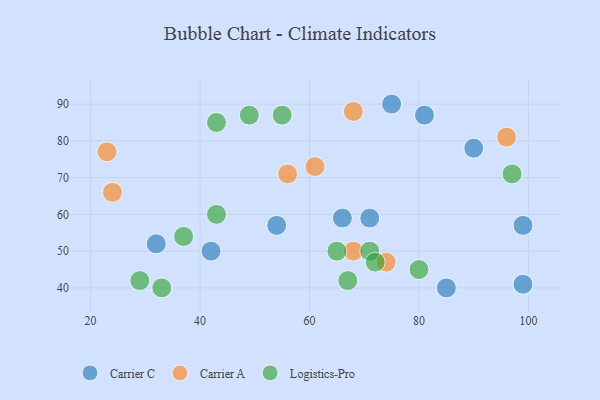
{"axis": {"x": "GDP", "y": "Life Expectancy"}, "legend": ["Carrier A", "Carrier C", "Logistics-Pro"], "data": [{"x": "32", "y": 52, "type": "Carrier C"}, {"x": "99", "y": 57, "type": "Carrier C"}, {"x": "85", "y": 40, "type": "Carrier C"}, {"x": "54", "y": 57, "type": "Carrier C"}, {"x": "66", "y": 59, "type": "Carrier C"}, {"x": "99", "y": 41, "type": "Carrier C"}, {"x": "90", "y": 78, "type": "Carrier C"}, {"x": "75", "y": 90, "type": "Carrier C"}, {"x": "71", "y": 59, "type": "Carrier C"}, {"x": "42", "y": 50, "type": "Carrier C"}, {"x": "81", "y": 87, "type": "Carrier C"}, {"x": "96", "y": 81, "type": "Carrier A"}, {"x": "56", "y": 71, "type": "Carrier A"}, {"x": "74", "y": 47, "type": "Carrier A"}, {"x": "24", "y": 66, "type": "Carrier A"}, {"x": "61", "y": 73, "type": "Carrier A"}, {"x": "68", "y": 50, "type": "Carrier A"}, {"x": "68", "y": 88, "type": "Carrier A"}, {"x": "23", "y": 77, "type": "Carrier A"}, {"x": "43", "y": 85, "type": "Logistics-Pro"}, {"x": "29", "y": 42, "type": "Logistics-Pro"}, {"x": "80", "y": 45, "type": "Logistics-Pro"}, {"x": "37", "y": 54, "type": "Logistics-Pro"}, {"x": "43", "y": 60, "type": "Logistics-Pro"}, {"x": "71", "y": 50, "type": "Logistics-Pro"}, {"x": "97", "y": 71, "type": "Logistics-Pro"}, {"x": "72", "y": 47, "type": "Logistics-Pro"}, {"x": "67", "y": 42, "type": "Logistics-Pro"}, {"x": "33", "y": 40, "type": "Logistics-Pro"}, {"x": "55", "y": 87, "type": "Logistics-Pro"}, {"x": "49", "y": 87, "type": "Logistics-Pro"}, {"x": "65", "y": 50, "type": "Logistics-Pro"}]}